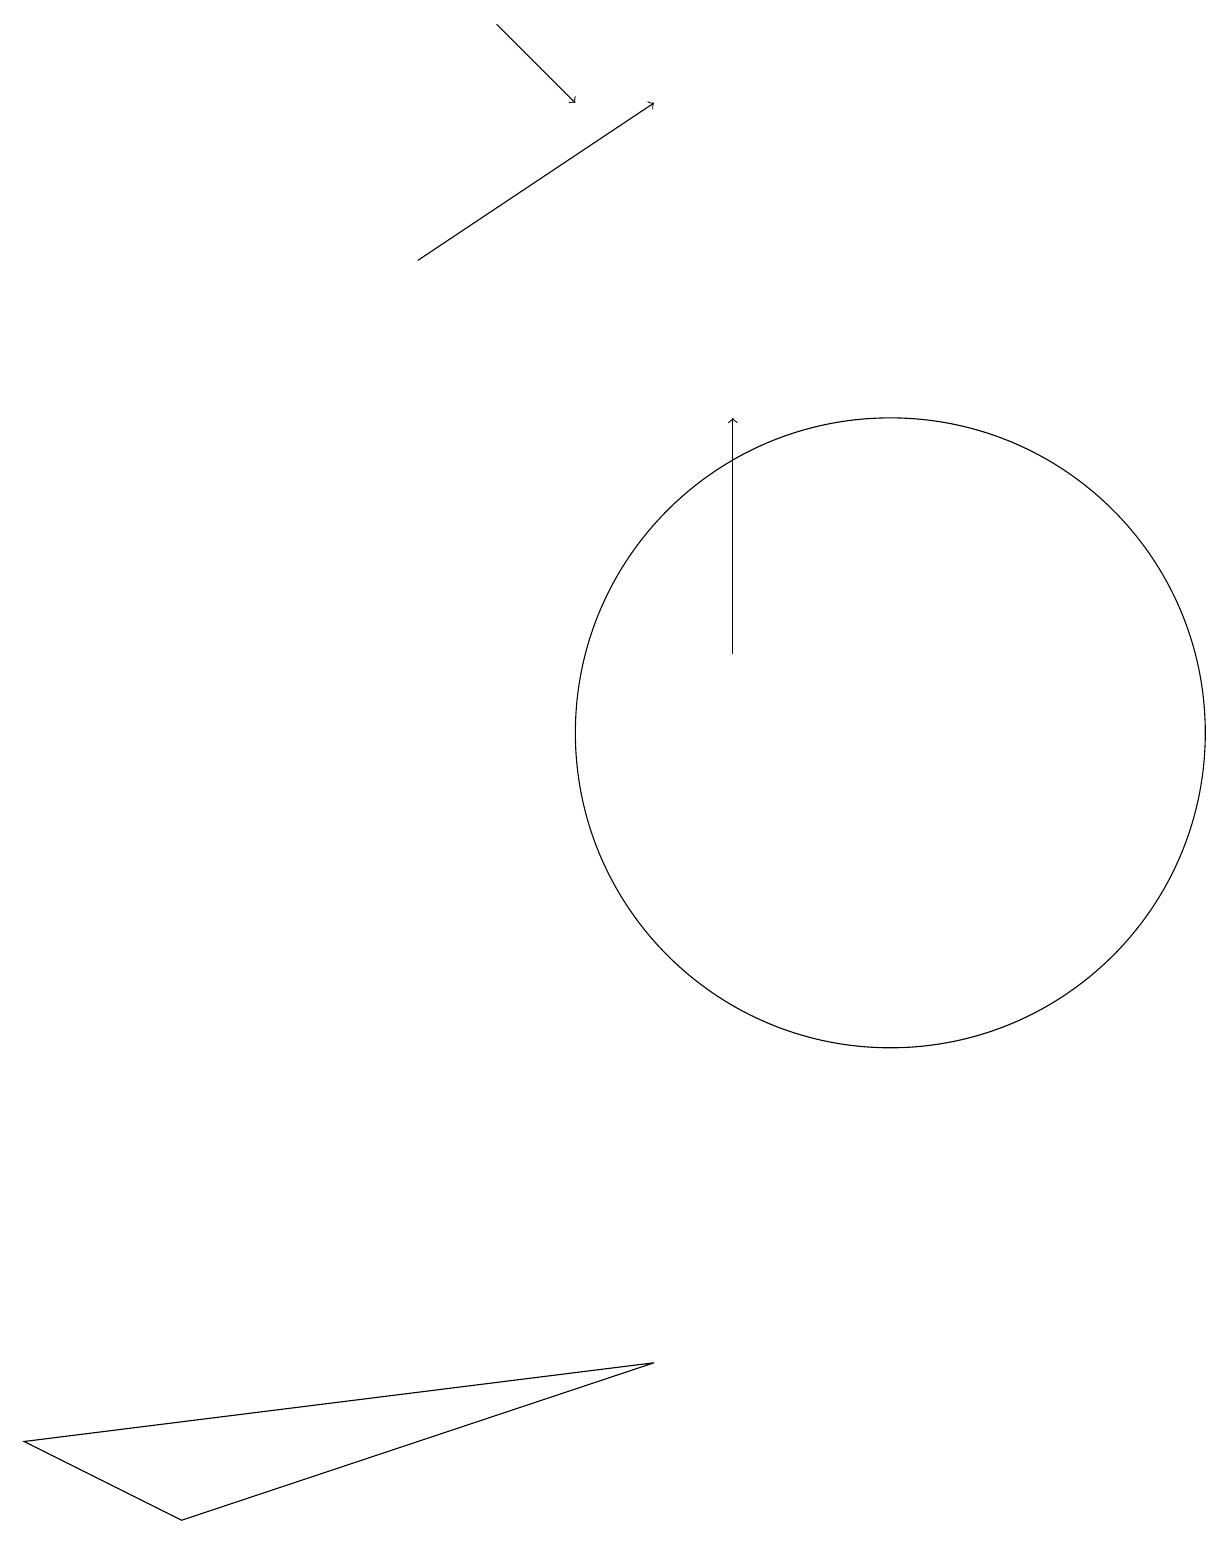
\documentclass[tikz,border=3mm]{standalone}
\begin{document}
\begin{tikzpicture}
\draw[->] (9,11) -- (9,14);
\draw[->] (6,19) -- (7,18);
\draw[->] (5,16) -- (8,18);
\draw (0,1) -- (8,2) -- (2,0) -- cycle;
\draw (11,10) circle (4);
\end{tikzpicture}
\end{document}